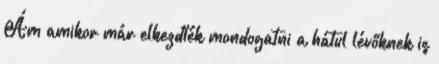
Ám amikor már elkezdték mondogatni a hátul lévőknek is